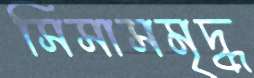
সিসাসমৃদ্ধ